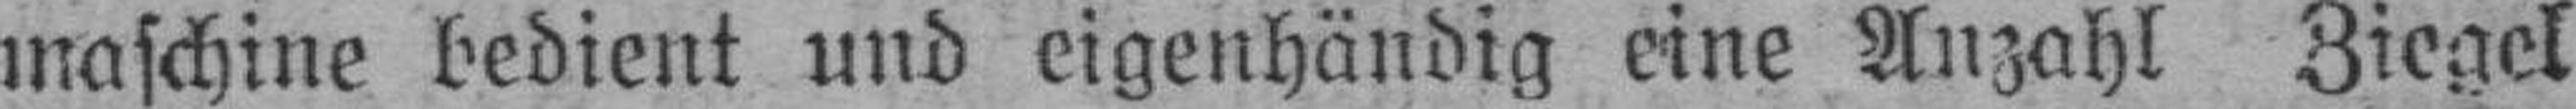
maschine bedient und eigenhändig eine Anzahl Ziegel